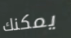
يمكنك